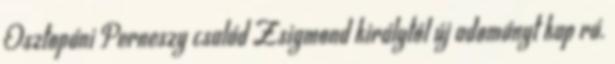
Osztopáni Perneszy család Zsigmond királytól új adományt kap rá.